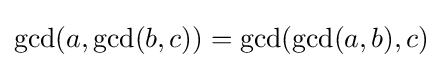
\gcd(a,\gcd(b,c))=\gcd(\gcd(a,b),c)